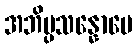
အဘိပ္ပသန္နောပေ